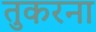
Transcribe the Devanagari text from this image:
तुकरना